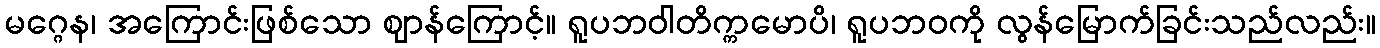
မဂ္ဂေန၊ အကြောင်းဖြစ်သော ဈာန်ကြောင့်။ ရူပဘဝါတိက္ကမောပိ၊ ရူပဘဝကို လွန်မြောက်ခြင်းသည်လည်း။